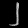
Digit: ၂